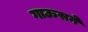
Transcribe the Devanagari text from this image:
गाऊसने